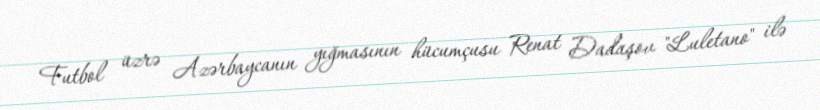
Futbol üzrə Azərbaycanın yığmasının hücumçusu Renat Dadaşov "Luletano" ilə